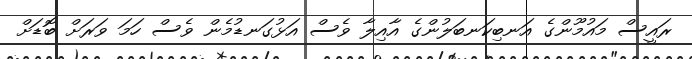
ރައީސް މައުމޫންގެ އަނބިކަނބަލުންގެ އާއިލާ ވެސް އަޅުގަނޑުމެން ވެސް ހަމަ ވަރަށް ބޮޑަށް